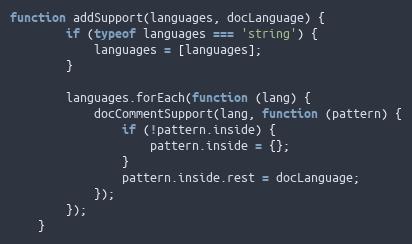
Language: JavaScript
function addSupport(languages, docLanguage) {
		if (typeof languages === 'string') {
			languages = [languages];
		}

		languages.forEach(function (lang) {
			docCommentSupport(lang, function (pattern) {
				if (!pattern.inside) {
					pattern.inside = {};
				}
				pattern.inside.rest = docLanguage;
			});
		});
	}